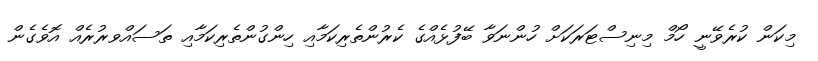
މިކަން ކުރެވޭނީ ހޯމް މިނިސްޓަރަކަށް ހުންނަވާ ބޭފުޅެއްގެ ކެރުންތެރިކަމާއި ހިންގުންތެރިކަމާއި ތަސައްވރުރެއް އޮވެގެން